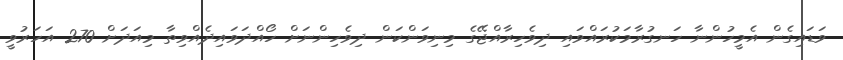
ވަޑައިގެން އެމީހުންނާ ހަނގުރާމަކުރައްވައި ދިވެހިރާއްޖޭގެ މިނިވަންކަން ދިވެހިންނަށް ހޯއްދަވައިދެއްވިތާ މިއަދަށް 270 އަހަރުވީ